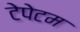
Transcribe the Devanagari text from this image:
टेपेटम